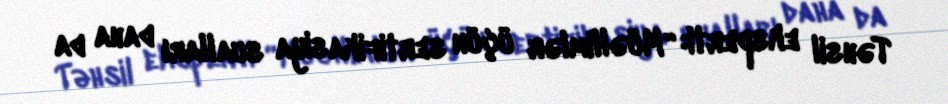
Təhsil eksperti: “Müəllimlər üçün sertifikasiya sualları daha da